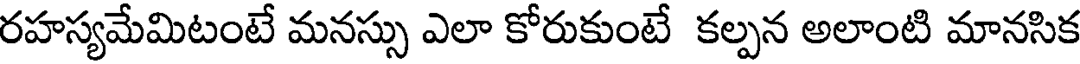
రహస్యమేమిటంటే మనస్సు ఎలా కోరుకుంటే కల్పన అలాంటి మానసిక